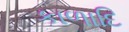
કાળાદિ